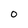
Character: 0